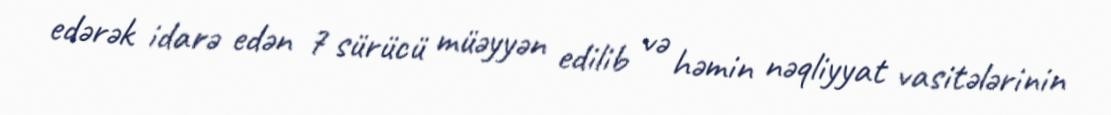
edərək idarə edən 7 sürücü müəyyən edilib və həmin nəqliyyat vasitələrinin